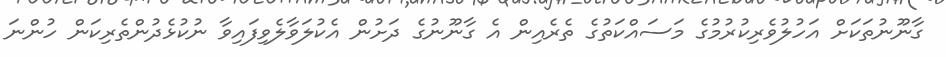
ގާނޫނުތަކަށް އަހުލުވެރިކުރުމުގެ މަސައްކަތުގެ ތެރެއިން އެ ގާނޫނުގެ ދަށުން އެކުލަވާލެވިފައިވާ ނުކުޅެދުންތެރިކަން ހުންނަ